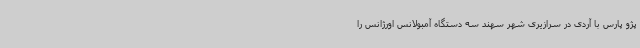
پژو پارس با آردی در سرازیری شهر سهند سه دستگاه آمبولانس اورژانس را